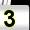
Digit: 3